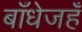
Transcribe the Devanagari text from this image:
बाँधेजहँ